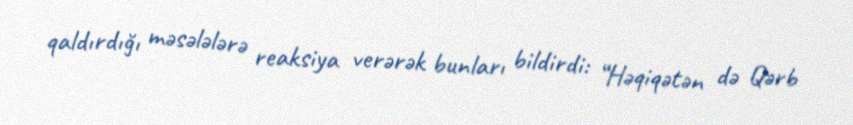
qaldırdığı məsələlərə reaksiya verərək bunları bildirdi: “Həqiqətən də Qərb